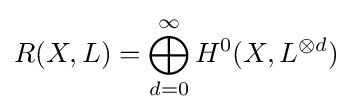
R(X,L)=\bigoplus _{d=0}^{\infty }H^{0}(X,L^{\otimes d})